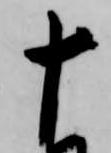
十